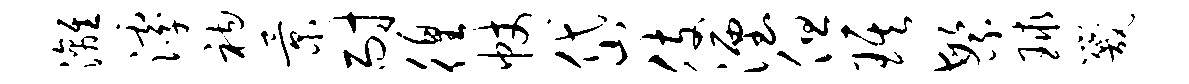
漓滹衲景耐徨帐岱肢湮但琪繁球咒